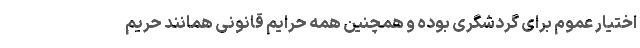
اختیار عموم برای گردشگری بوده و همچنین همه حرایم قانونی همانند حریم